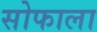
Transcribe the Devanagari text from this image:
सोफाला